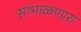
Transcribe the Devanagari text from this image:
साभाळणारा